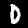
Digit: 0